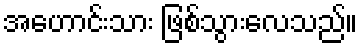
အဟောင်းသား ဖြစ်သွားလေသည်။